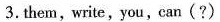
3.them,write,you,can(?)